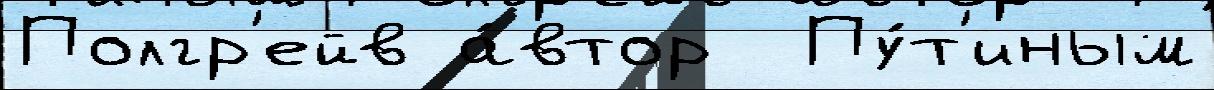
Полгр'ейв а́втор  Пу́т'иным